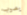
يصوب